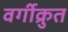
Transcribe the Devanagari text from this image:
वर्गीक्रुत